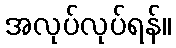
အလုပ်လုပ်ရန်။